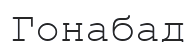
Гонабад